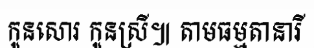
កូនសោរ កូនស្រី៕ តាមធម្មតានារី